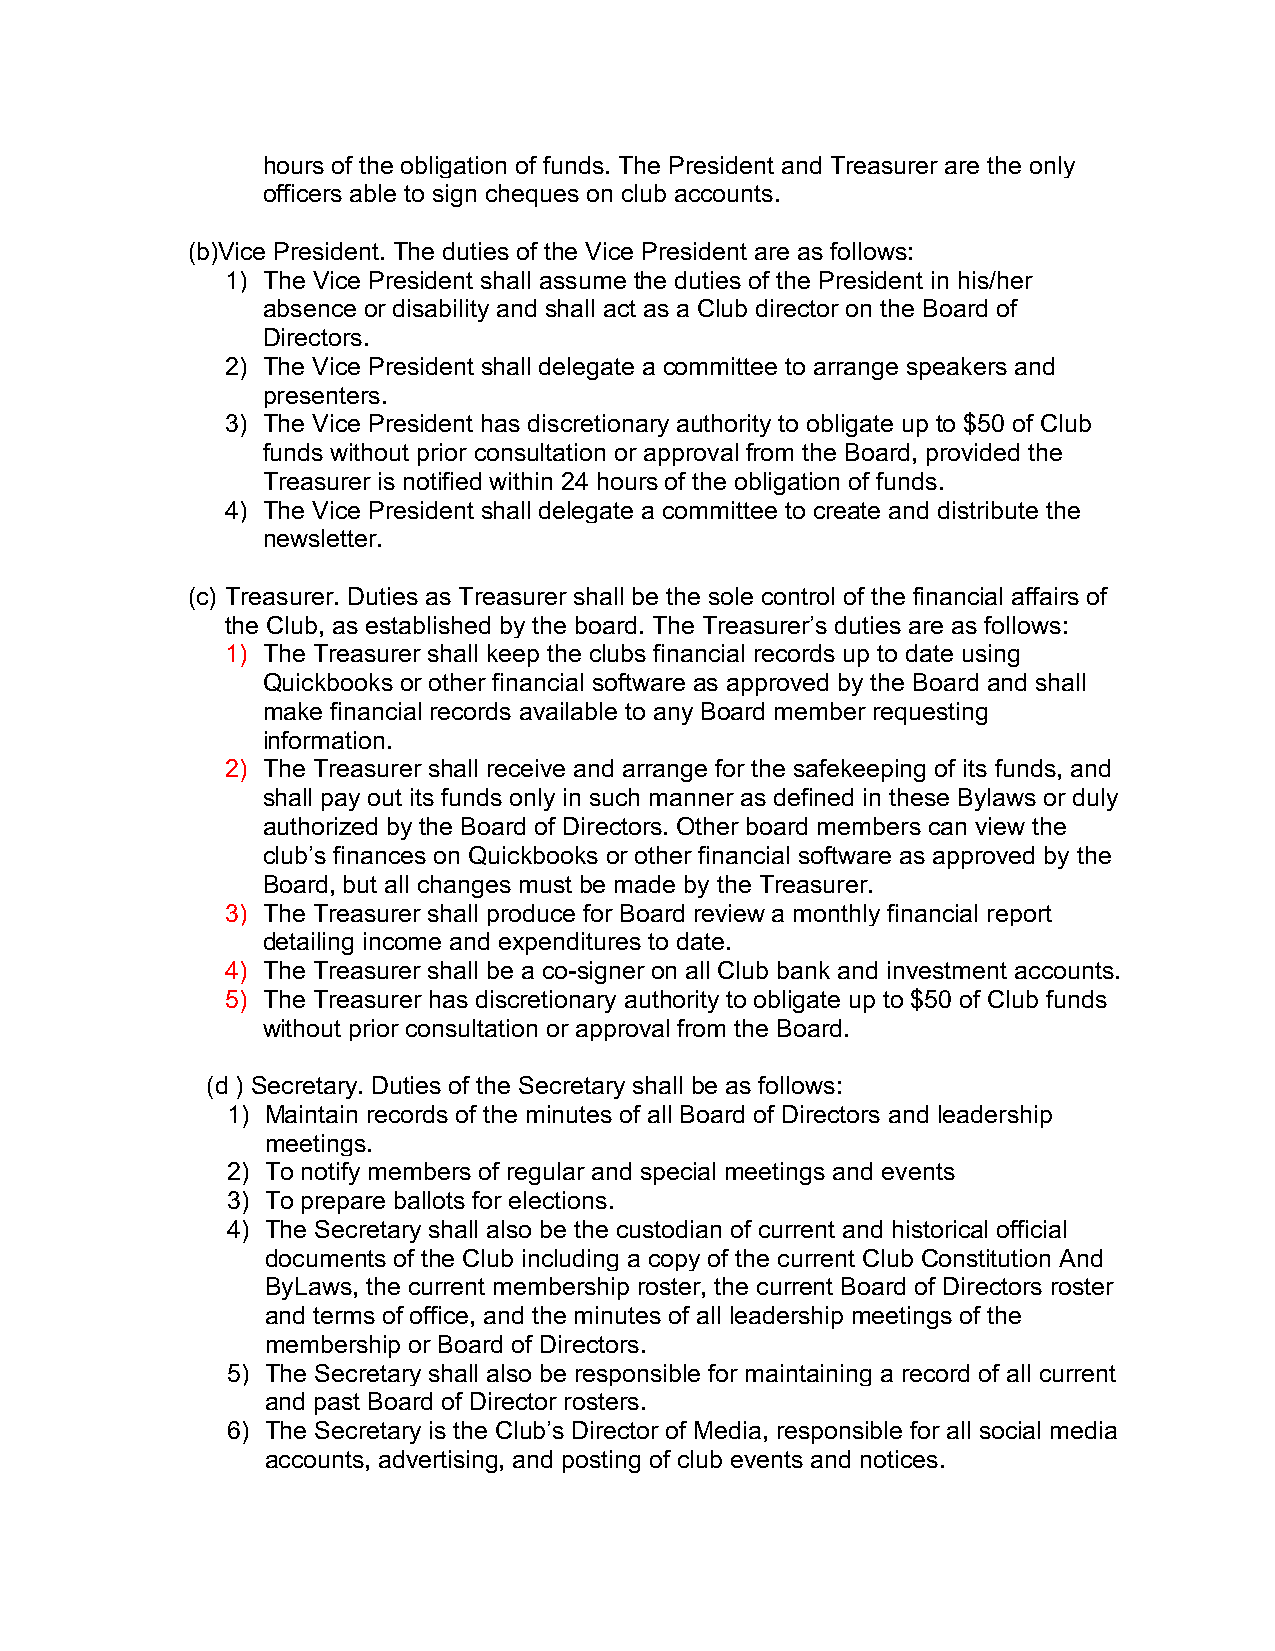
hours of the obligation of funds. The President and Treasurer are the only
 officers able to sign cheques on club accounts.
 (b)Vice President. The duties of the Vice President are as follows:
 1) The Vice President shall assume the duties of the President in his/her
 absence or disability and shall act as a Club director on the Board of
 Directors.
 2) The Vice President shall delegate a committee to arrange speakers and
 presenters.
 3) The Vice President has discretionary authority to obligate up to $50 of Club
 funds without prior consultation or approval from the Board, provided the
 Treasurer is notified within 24 hours of the obligation of funds.
 4) The Vice President shall delegate a committee to create and distribute the
 newsletter.
 (c) Treasurer. Duties as Treasurer shall be the sole control of the financial affairs of
 the Club, as established by the board. The Treasurer’s duties are as follows:
 1) The Treasurer shall keep the clubs financial records up to date using
 Quickbooks or other financial software as approved by the Board and shall
 make financial records available to any Board member requesting
 information.
 2) The Treasurer shall receive and arrange for the safekeeping of its funds, and
 shall pay out its funds only in such manner as defined in these Bylaws or duly
 authorized by the Board of Directors. Other board members can view the
 club’s finances on Quickbooks or other financial software as approved by the
 Board, but all changes must be made by the Treasurer.
 3) The Treasurer shall produce for Board review a monthly financial report
 detailing income and expenditures to date.
 4) The Treasurer shall be a co-signer on all Club bank and investment accounts.
 5) The Treasurer has discretionary authority to obligate up to $50 of Club funds
 without prior consultation or approval from the Board.
 (d ) Secretary. Duties of the Secretary shall be as follows:
 1) Maintain records of the minutes of all Board of Directors and leadership
 meetings.
 2) To notify members of regular and special meetings and events
 3) To prepare ballots for elections.
 4) The Secretary shall also be the custodian of current and historical official
 documents of the Club including a copy of the current Club Constitution And
 ByLaws, the current membership roster, the current Board of Directors roster
 and terms of office, and the minutes of all leadership meetings of the
 membership or Board of Directors.
 5) The Secretary shall also be responsible for maintaining a record of all current
 and past Board of Director rosters.
 6) The Secretary is the Club’s Director of Media, responsible for all social media
 accounts, advertising, and posting of club events and notices.